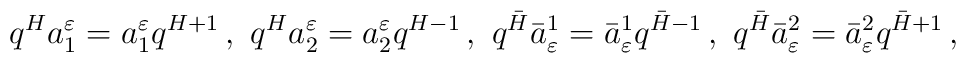
q^Ha^{\varepsilon}_1=a^{\varepsilon}_1q^{H+1}\,,\,\,q^Ha^{\varepsilon}_2=a^{\varepsilon}_2q^{H-1}\,,\,\,q^{\bar H}{\bar a}_{\varepsilon}^1={\bar a}_{\varepsilon}^1q^{{\bar H}-1}\,,\,\,q^{\bar H}{\bar a}_{\varepsilon}^2={\bar a}_{\varepsilon}^2q^{{\bar H}+1}\,,